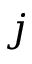
j